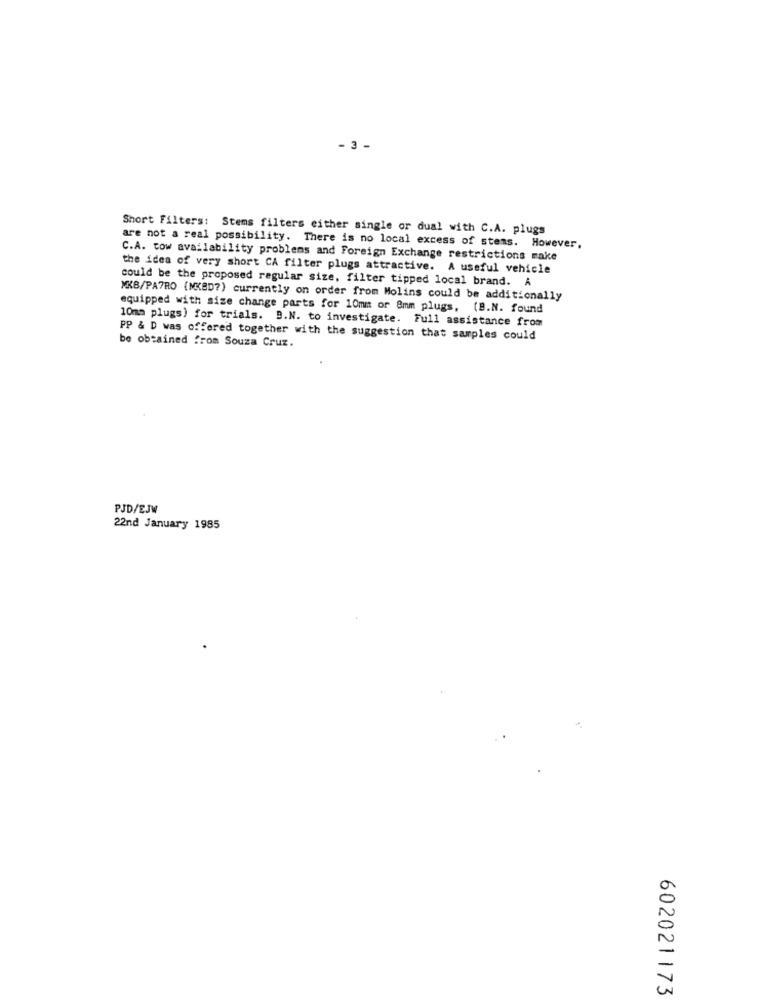
- 3 -
Short Filters: Stems filters either single or dual with C.A. plugs
are not a real possibility. There is no local excess of stems. However,
C.A. cow availability problems and Foreign Exchange restrictions make
the idea of very short CA filter plugs attractive. A useful vehicle
could be the proposed regular size, filter tipped local brand. A
MKB/PATRO (MKBD?) currently on order from Molins could be additionally
equipped with size change parts for 10mm or 8mm plugs, (B.N. found
10mm plugs) for trials. B.N. to investigate. Full assistance from
PP & D was offered together with the suggestion that samples could
be obtained from Souza Cruz.
PJD/EJW
22nd January 1985
602021173